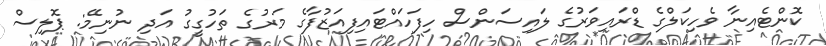
ކޮންޓެއިނާ ވެހިކަލްގެ ޑްރައިވަރުގެ ލައިސަންސް ހިފަހައްޓައިފިއަޒުފާގެ މަރުގެ ތަހުގީގު އަދި ނުނިމޭ: ޕޮލިސް